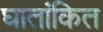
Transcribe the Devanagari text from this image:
घातांकित